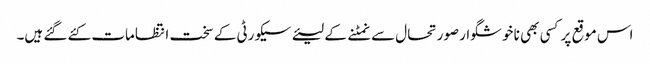
اس موقع پر کسی بھی نا خوشگوار صورتحال سے نمٹنے کے لیئے سیکورٹی کے سخت انتظامات کئے گئے ہیں۔